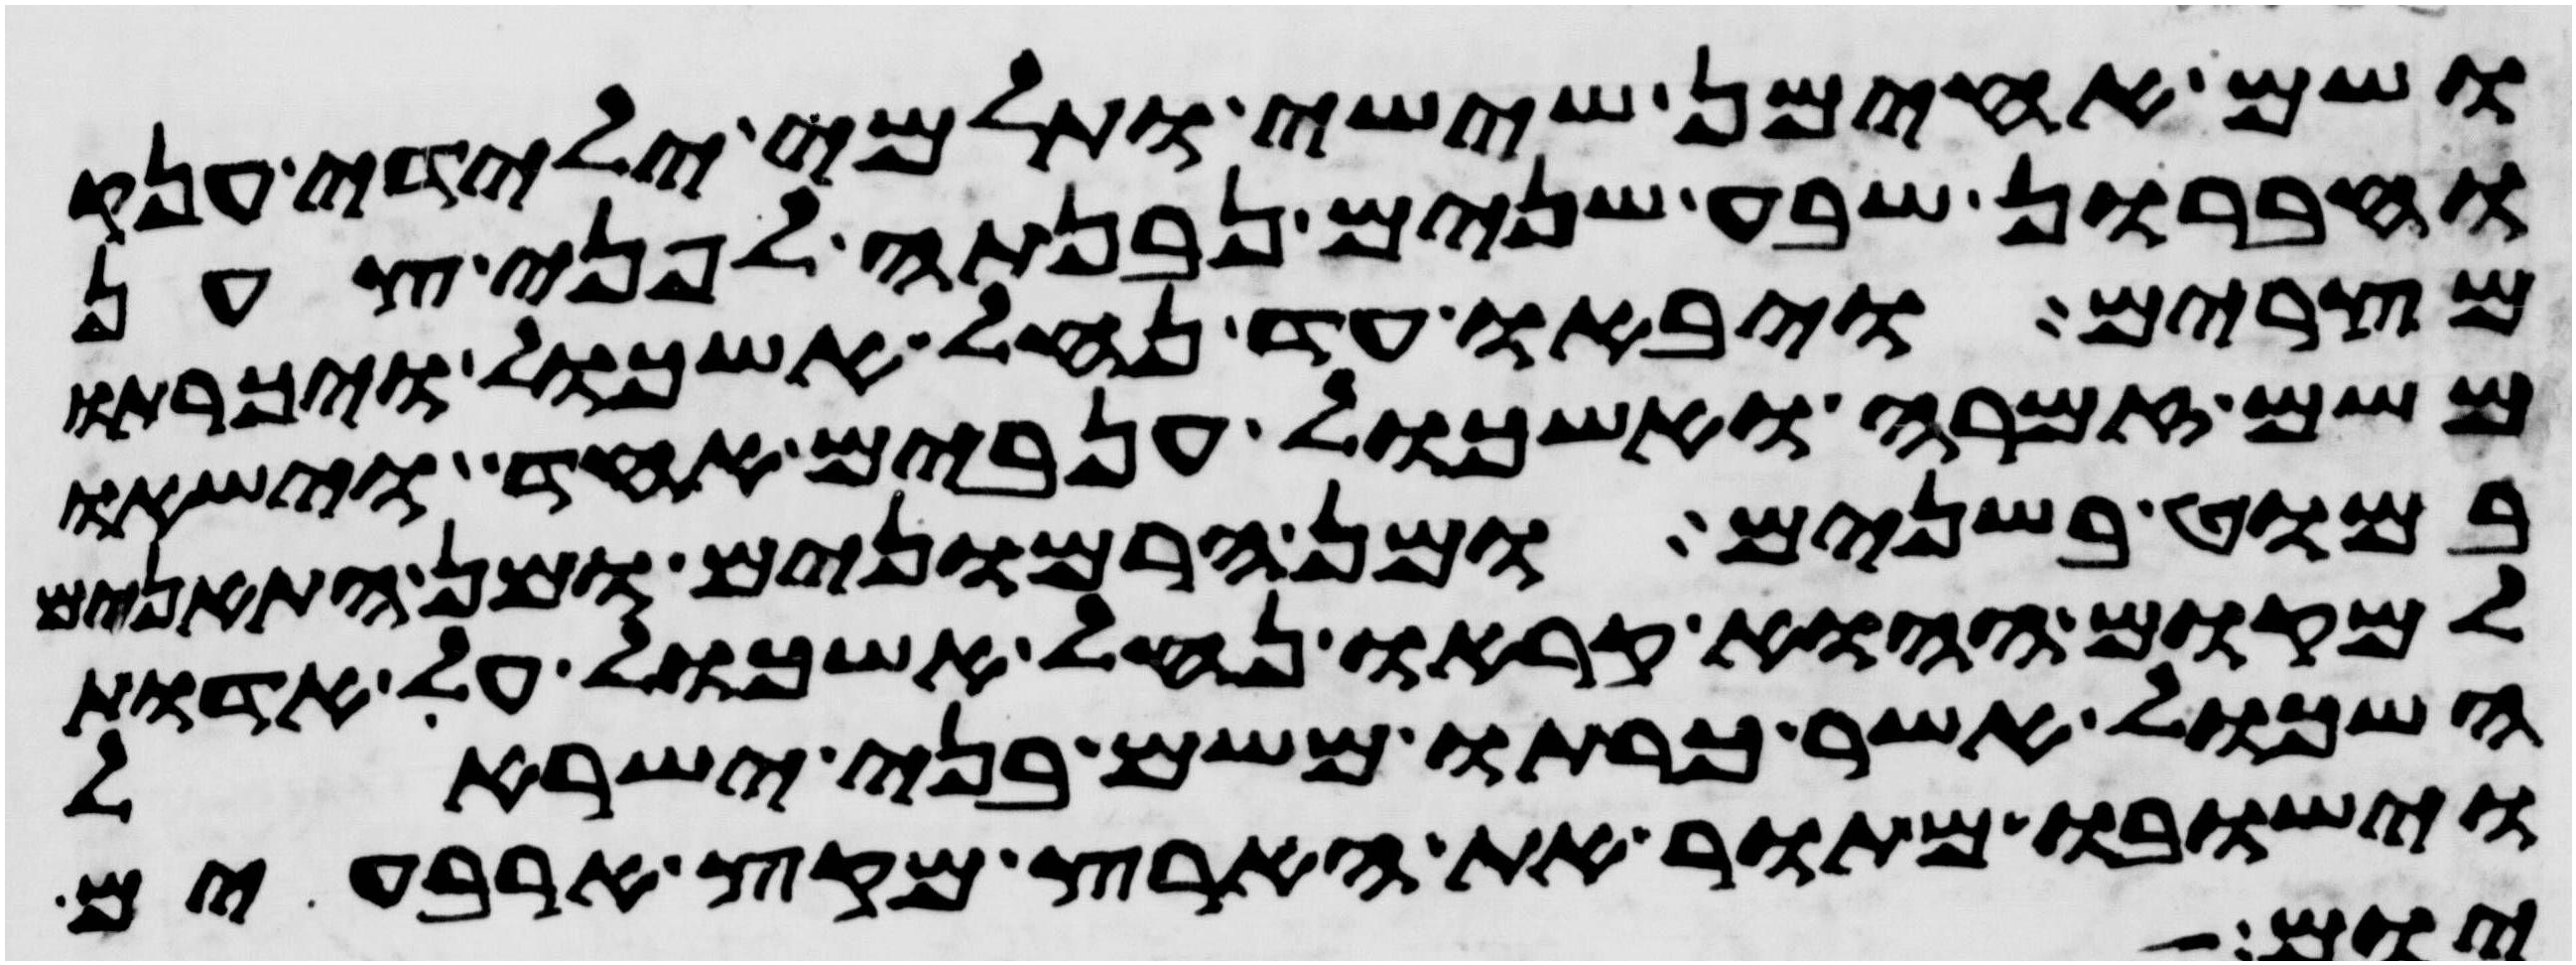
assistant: ושם אחימן ששי ותלמי ילידי ענק
וחברון שבע שנים נבנתה לפני צען
מצרים ויבאו עד נחל אשכול ויכרתו
משם זמרה ואשכול ענבים אחד וישאו
במוט בשנים ומן הרמונים ומן התאנים
למקום ההוא קראו נחל אשכול על אדות
האשכול אשר כרתו משם בני ישראל
וישבו מתור את הארץ מקץ ארבעים